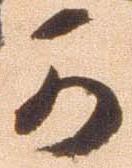
可